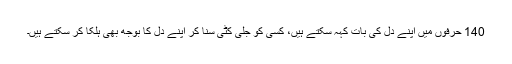
140 حرفوں میں اپنے دل کی بات کہہ سکتے ہیں، کسی کو جلی کٹی سنا کر اپنے دل کا بوجھ بھی ہلکا کر سکتے ہیں۔